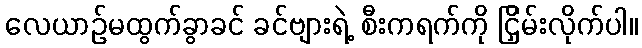
လေယာဉ်မထွက်ခွာခင် ခင်ဗျားရဲ့ စီးကရက်ကို ငြှိမ်းလိုက်ပါ။